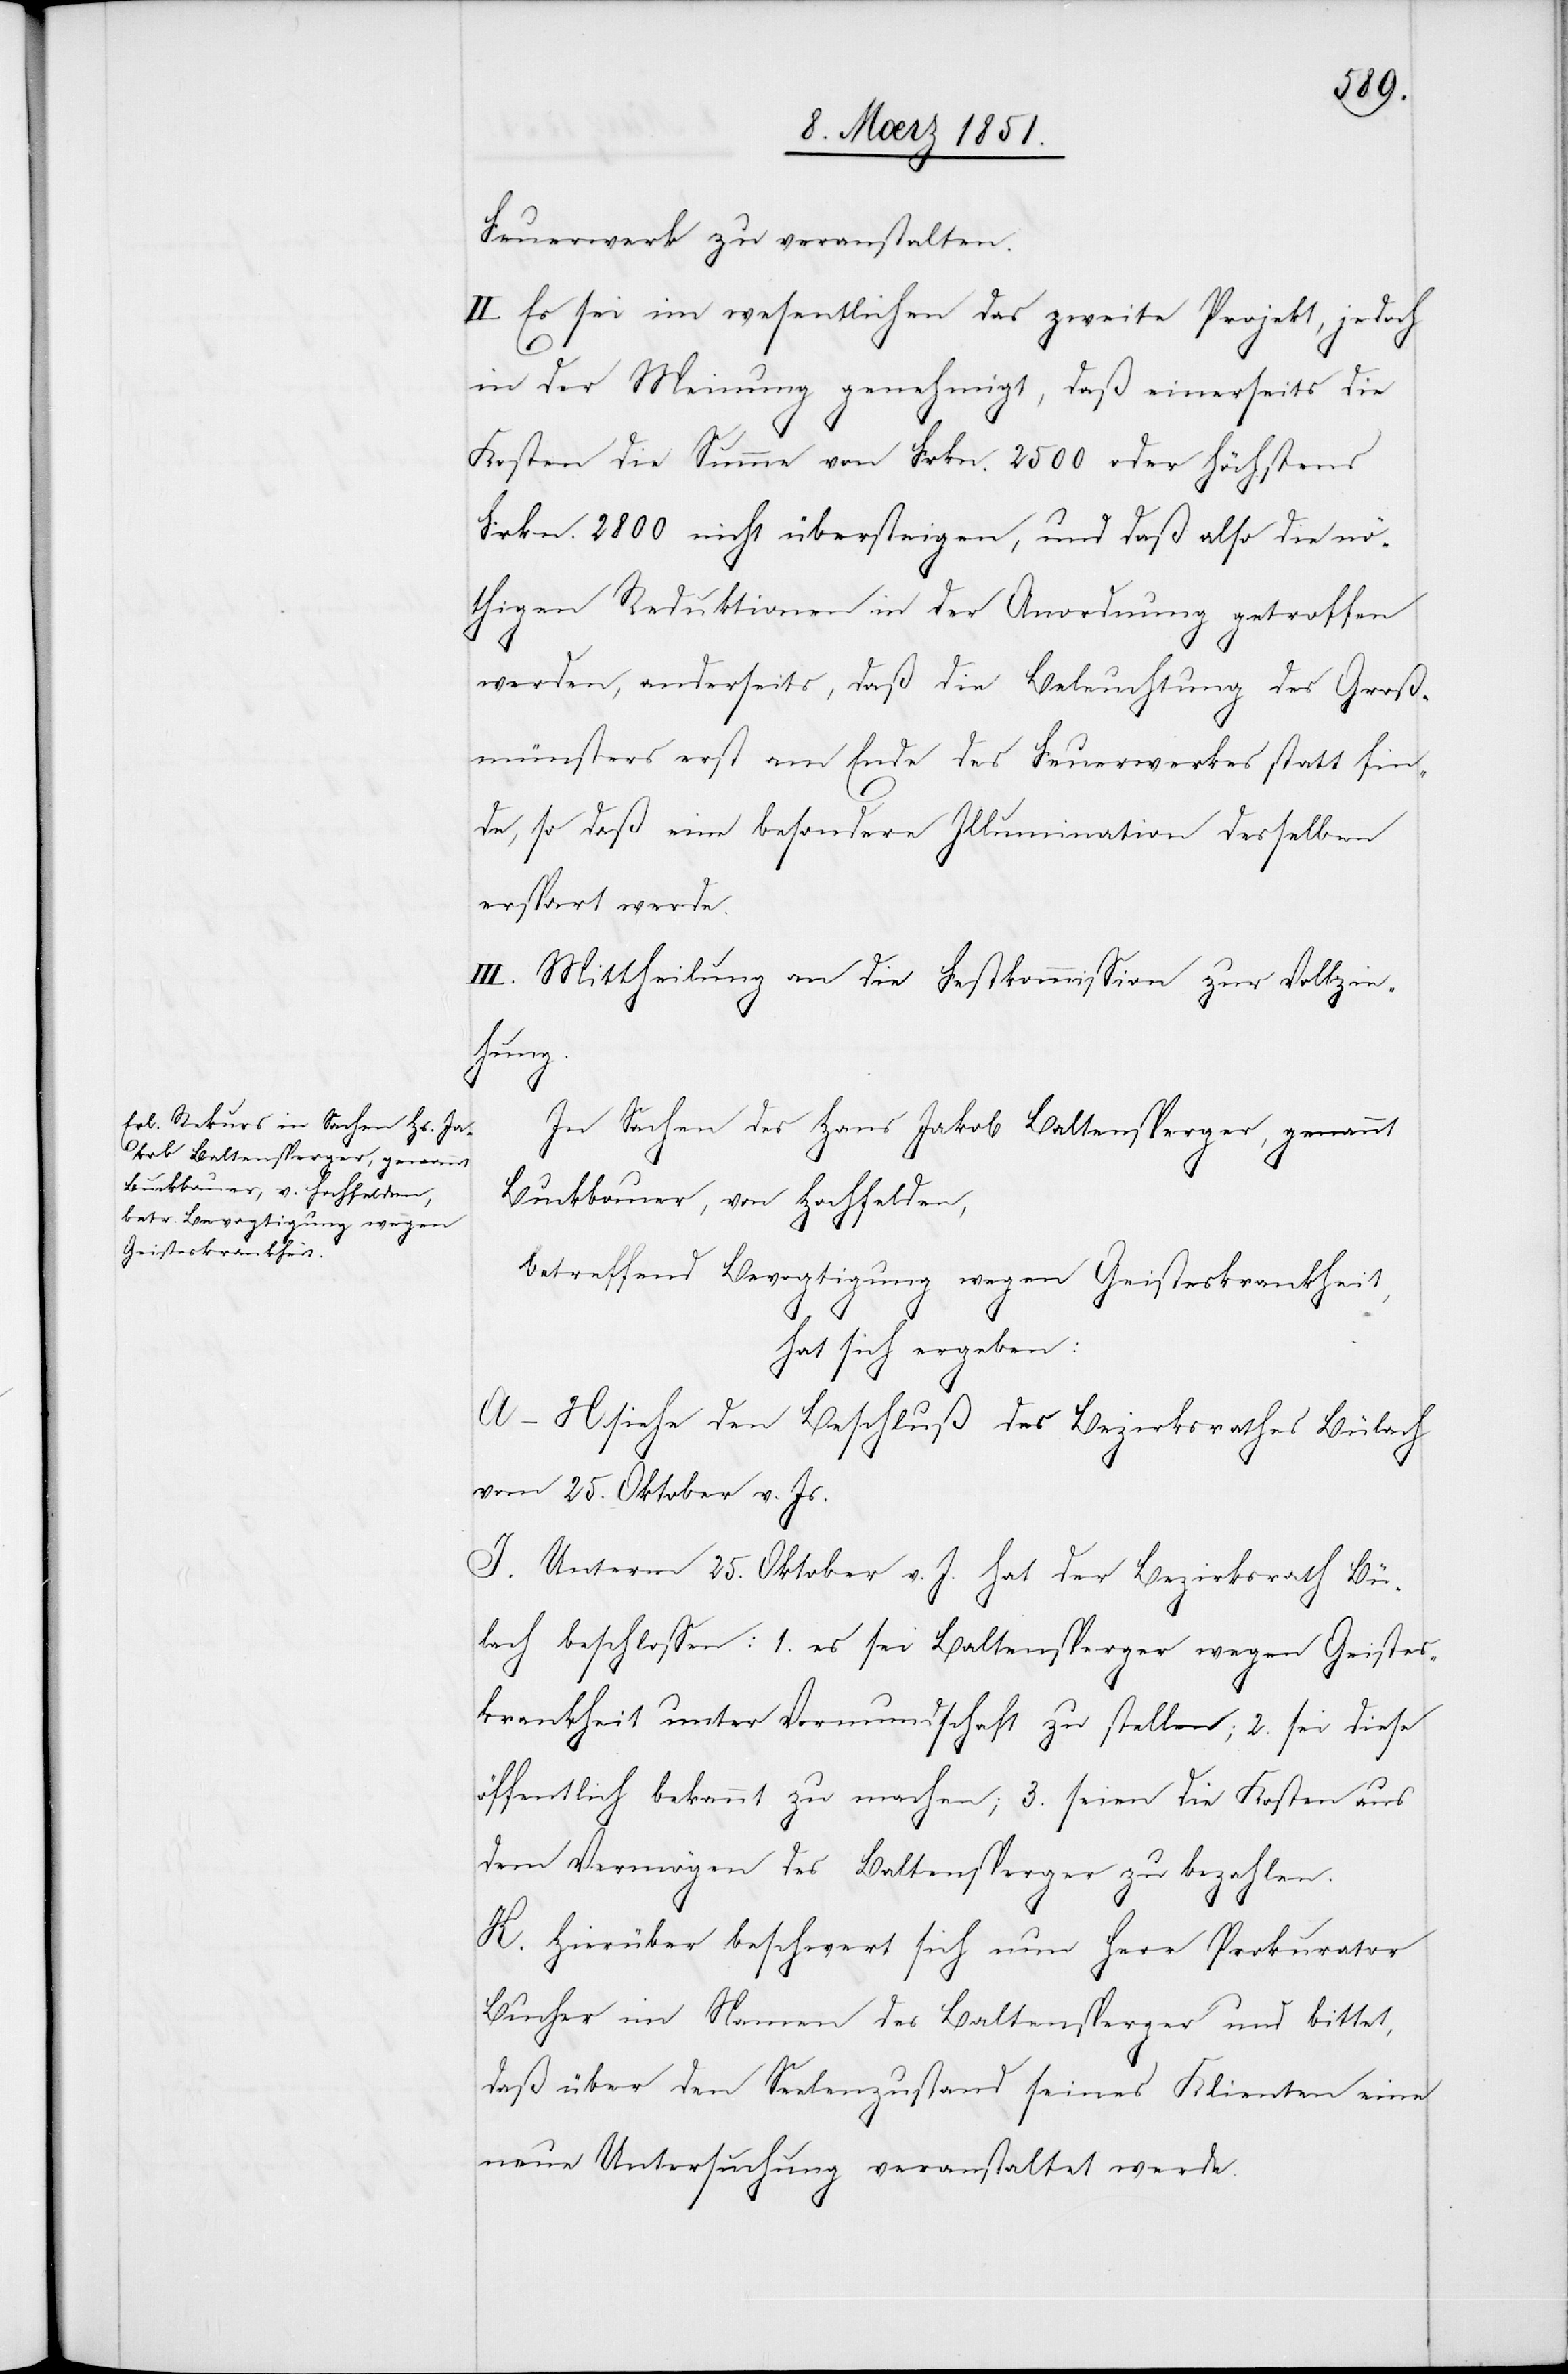
Feuerwerk zu veranstalten.
II. Es sei im wesentlichen das zweite Projekt, jedoch
in der Meinung genehmigt, daß einerseits die
Kosten die Summe von Frkn. 2500 oder höchstens
Frkn. 2800 nicht übersteigen, und daß also die nö¬
thigen Reduktionen in der Anordnung getroffen
werden, anderseits, daß die Beleuchtung des Groß¬
münsters erst am Ende des Feuerwerkes statt fin¬
de, so daß eine besondere Illumination desselben
erspart werde.
III. Mittheilung an die Festkommission zur Vollzie¬
hung.
In Sachen des Hans Jakob Baltensperger, genannt
Buckbauer, von Hochfelden,
betreffend Bevogtigung wegen Geisteskrankheit,
hat sich ergeben:
A–H siehe den Beschluß des Bezirksrathes Bülach
vom 25. Oktober v. Js.
I. Unterm 25. Oktober v. J. hat der Bezirksrath Bü¬
lach beschlossen: 1. es sei Baltensperger wegen Geistes¬
krankheit unter Vormundschaft zu stellen; 2. sei diese
öffentlich bekannt zu machen; 3. seien die Kosten aus
dem Vermögen des Baltensperger zu bezahlen.
K. Hierüber beschwert sich nun Herr Prokurator
Bucher im Namen des Baltensperger und bittet,
daß über den Seelenzustand seines Klienten eine
neue Untersuchung veranstaltet werde.